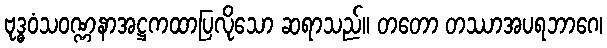
ဗုဒ္ဓဝံသဝဏ္ဏနာအဋ္ဌကထာပြလိုသော ဆရာသည်။ တတော တဿာအပရဘာဂေ၊